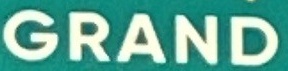
GRAND